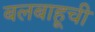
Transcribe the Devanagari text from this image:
बलबाहूची